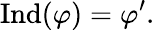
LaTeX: {\mathrm{Ind}}(\varphi)=\varphi^{\prime}.